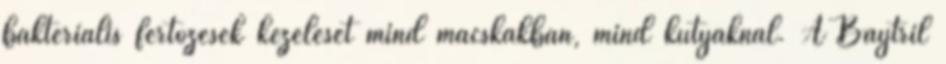
bakteriális fertőzések kezelését mind macskákban, mind kutyáknál. A Baytril